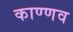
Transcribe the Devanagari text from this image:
काण्णव